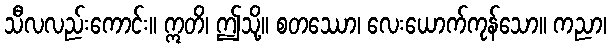
သီလလည်းကောင်း။ ဣတိ၊ ဤသို့။ စတဿော၊ လေးယောက်ကုန်သော။ ကညာ၊